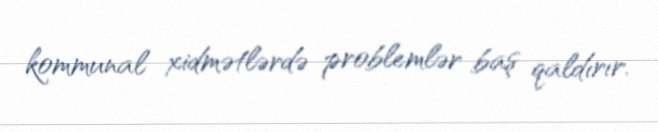
kommunal xidmətlərdə problemlər baş qaldırır.